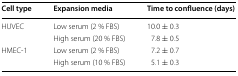
<table><thead><tr><td><b>Cell type</b></td><td><b>Expansion media</b></td><td><b>Time to confluence (days)</b></td></tr></thead><tbody><tr><td rowspan="2">HUVEC</td><td>Low serum (2 % FBS)</td><td>10.0 ± 0.3</td></tr><tr><td>High serum (20 % FBS)</td><td>7.8 ± 0.5</td></tr><tr><td rowspan="2">HMEC-1</td><td>Low serum (2 % FBS)</td><td>7.2 ± 0.7</td></tr><tr><td>High serum (10 % FBS)</td><td>5.1 ± 0.3</td></tr></tbody></table>